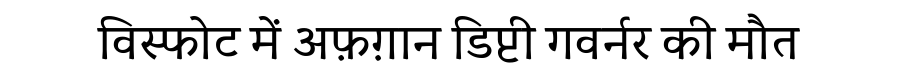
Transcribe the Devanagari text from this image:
विस्फोट में अफ़ग़ान डिप्टी गवर्नर की मौत